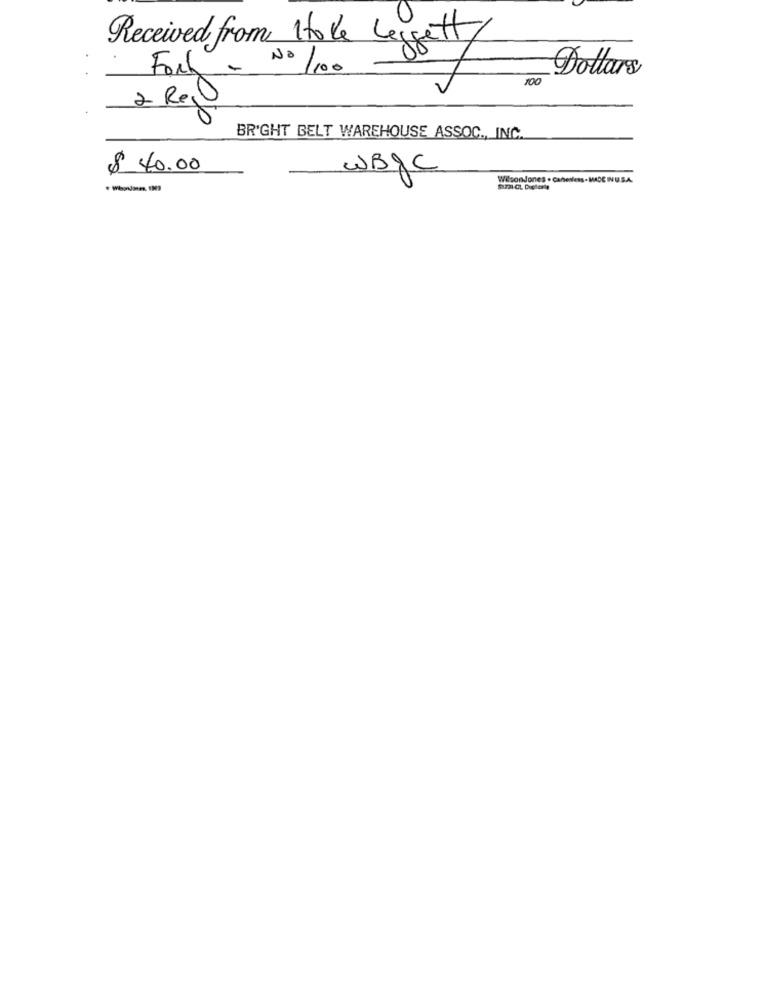
Received from 1tode Leggett
NO /100
Dollars
Fort.
100
2 Rg
BR'GHT BELT WAREHOUSE ASSOC ., INC.
$ 40.00
WBgC
WilsonJones . Canesless- MADE INUSA.